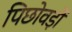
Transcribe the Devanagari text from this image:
पिछोवड़ों